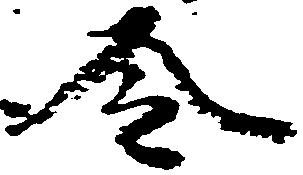
令